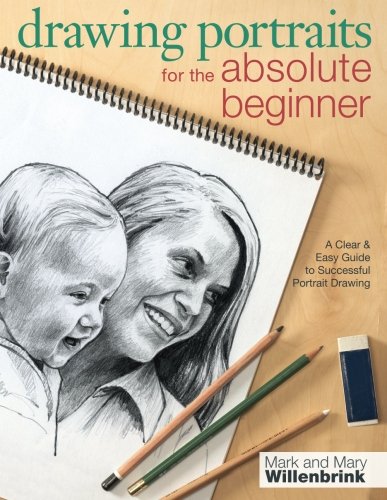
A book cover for Drawing Portraits for the Absolute Beginner: A Clear & Easy Guide to Successful Portrait Drawing (Art for the Absolute Beginner); Mark Willenbrink; Arts & Photography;